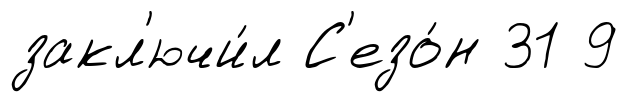
закл'ючи́л С'езо́н 31 9